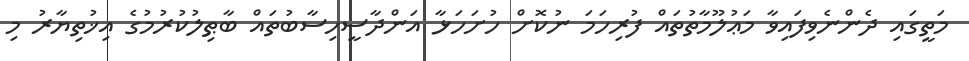
މަތީގައި ދެންނެވިފައިވާ މަޢުލޫމާތުތައް ފުރިހަމަ ނުކޮށް ހުށަހަޅާ އަންދާސީހިސާބުތައް ބާޠިލުކުރުމުގެ އިޚުތިޔާރު މި